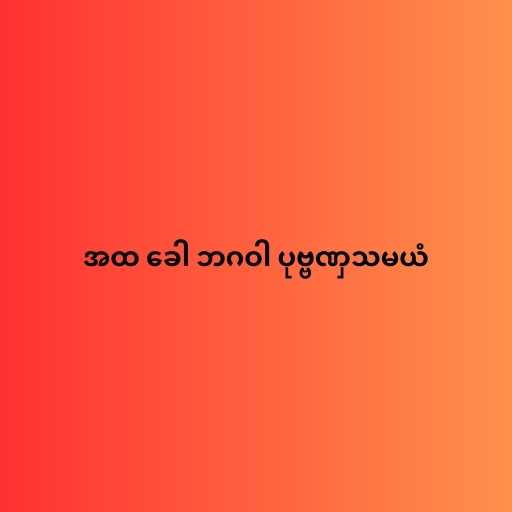
အထ ခေါ ဘဂဝါ ပုဗ္ဗဏှသမယံ